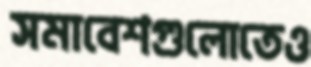
সমাবেশগুলোতেও